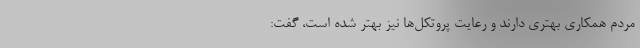
مردم همکاری بهتری دارند و رعایت پروتکل‌ها نیز بهتر شده است، گفت: